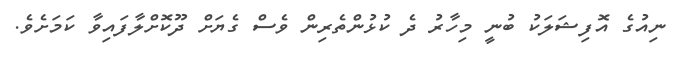
ނިއުގެ އޮފިޝަލަކު ބުނީ މިހާރު ދެ ކުޅުންތެރިން ވެސް ގެޔަށް ދޫކޮށްލާފައިވާ ކަމަށެވެ.